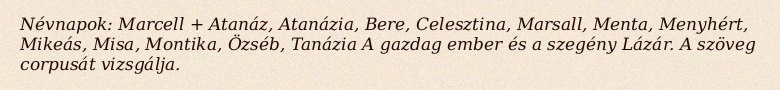
Névnapok: Marcell + Atanáz, Atanázia, Bere, Celesztina, Marsall, Menta, Menyhért, Mikeás, Misa, Montika, Özséb, Tanázia A gazdag ember és a szegény Lázár. A szöveg corpusát vizsgálja.